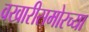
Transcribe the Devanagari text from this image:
वखारीसमोरच्या